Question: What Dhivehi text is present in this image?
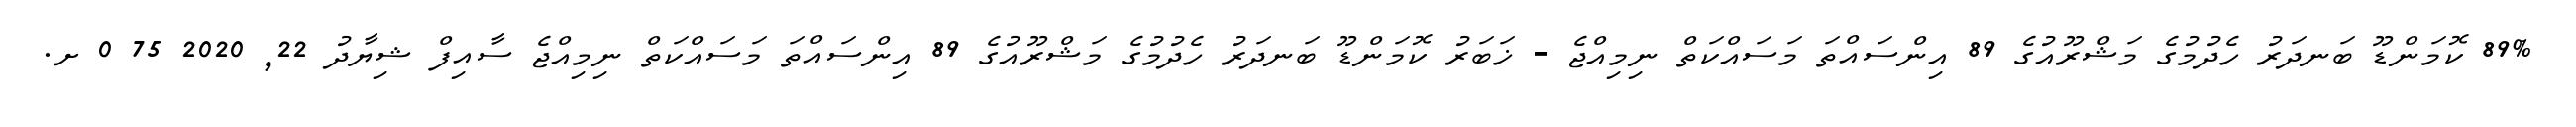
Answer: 89% ކޮމަންޑޫ ބަނދަރު ހެދުމުގެ މަޝްރޫއުގެ 89 އިންސައްތަ މަސައްކަތް ނިމިއްޖެ - ޚަބަރު ކޮމަންޑޫ ބަނދަރު ހެދުމުގެ މަޝްރޫއުގެ 89 އިންސައްތަ މަސައްކަތް ނިމިއްޖެ ސާއިފް ޝިޔާދު 22, 2020 75 0 ށ.